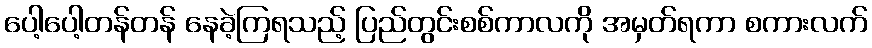
ပေါ့ပေါ့တန်တန် နေခဲ့ကြရသည့် ပြည်တွင်းစစ်ကာလကို အမှတ်ရကာ စကားလက်